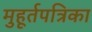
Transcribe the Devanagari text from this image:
मुहूर्तपत्रिका